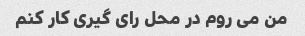
من می روم در محل رای گیری کار کنم